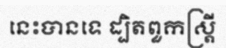
នេះបានទេ ដ្បិតពួកស្ត្រី